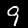
Digit: 9